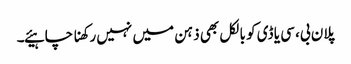
پلان بی، سی یا ڈی کو بالکل بھی ذہن میں نہیں رکھنا چاہیئے۔